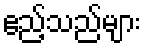
ဧည့်သည်များ